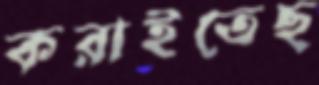
করাইতেছ